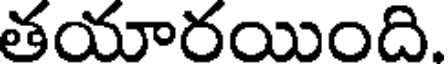
తయారయింది.